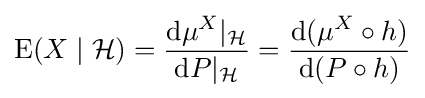
\operatorname {E} (X\mid {\mathcal {H}})={\frac {\mathrm {d} \mu ^{X}|_{\mathcal {H}}}{\mathrm {d} P|_{\mathcal {H}}}}={\frac {\mathrm {d} (\mu ^{X}\circ h)}{\mathrm {d} (P\circ h)}}